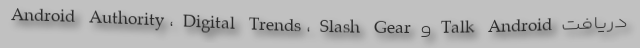
Android Authority، Digital Trends، Slash Gear و Talk Android دریافت